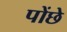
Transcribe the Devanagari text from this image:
पोंछे